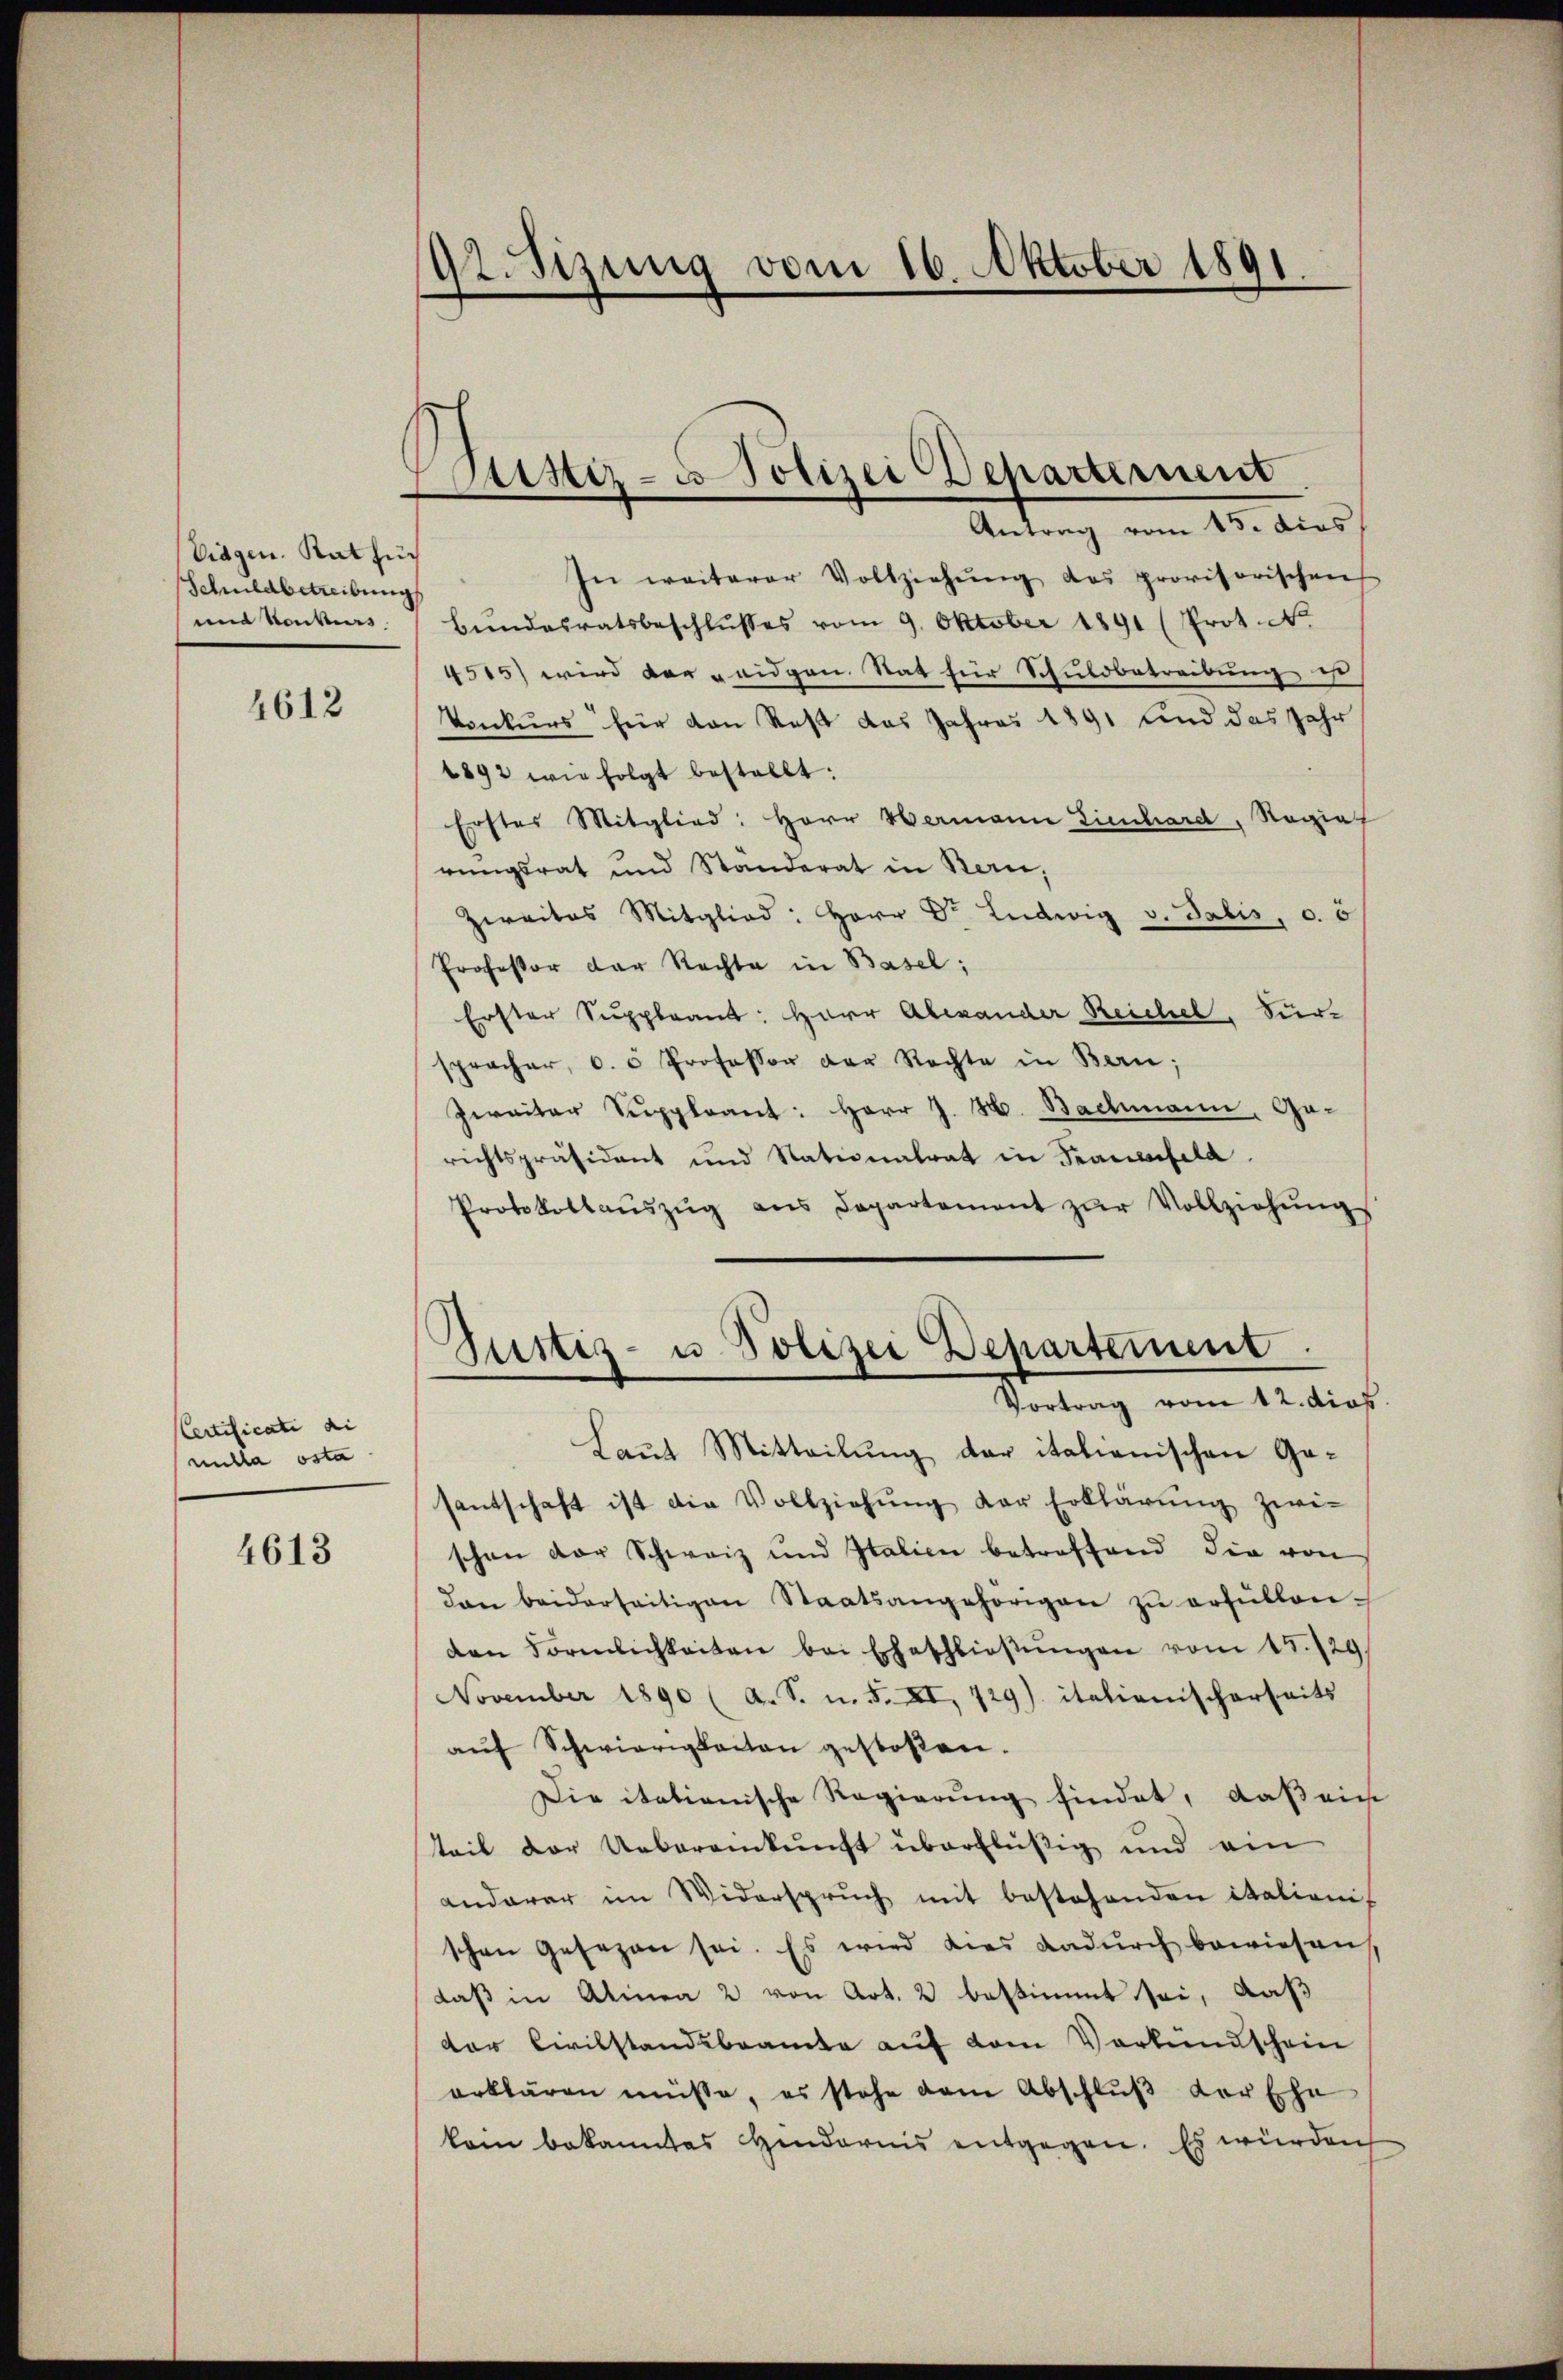
Vidgen. Rat fü
Schuldbetreibung
und Konkurs

4612

Certificati di
uilla osta

4613

92. Sizung vom 16. Oktober 1891

ustiz- u Polizei Departement
Antrag vom 15. dies

In weiterer Vollziehŭng des provisorischen
Bundesratsbeschlŭsses vom 9. Oktober 1891 (Prot. N.
4515) wird der eidgen. Stat für Schuldbetreibung ist
Vonkurs für von Roß das Jahres 1891 und das Jahr
4892 wie folgt bestellt:
Erster Mitglied: Herr Wermann Lienhard, Ragiat
rungsrat und Standerat in Kern,
Zweites Mitglied: Herr Dr. Ludwig v. Salis, c. 5
Professor der Rechte in Basel;
Erster Suppleant: Herr Alexander Reichel, Surspracher, d. 5 Professor der Rechte in Bern;
Zweiter Suppleant: Herr J. H. Bachmann, Ga-
richtspräsident und Stationalrat in Frauenfeld.
Protokollaŭszŭg ans Departement zŭr Vollziehŭng
Gustiz- u. Polizei Departement.
Vortrag vom 12. dies
Laut Mitteilung der italienischen Gesantschaft ist die Vollziehŭng der Erklärŭng zwi-
schon der Schweiz und Italien betreffend die von
dan beiderseitigen Staatsangehörigen zŭ erfüllen.
den Förmlichkeiten bei Eheschlieβŭngen vom 15. 129
November 1890 (A. S. n. F. XI, 729). italienischerseits
aŭf Schwierigkeiten gestoßen.
Die itationische Regierung findet, daß ein
teil der Uebereinkunft überflüßig und ein
anderer im Widersprŭch mit bestehenden italionis
schen gesezen sei. Es wird dies dadŭrch bewiesen
daß in Alinea 2 von Art. 2 bestimmt sei, daß
der Civilstandsbeamte auf dem Verkundschein
erklären müsse, es stehe dem Abschluß der Ehe
kein bekanntes Hindernis entgegen. Es würden